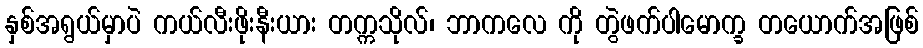
နှစ်အရွယ်မှာပဲ ကယ်လီးဖိုးနီးယား တက္ကသိုလ်၊ ဘာကလေ ကို တွဲဖက်ပါမောက္ခ တယောက်အဖြစ်